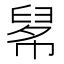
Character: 𢄚